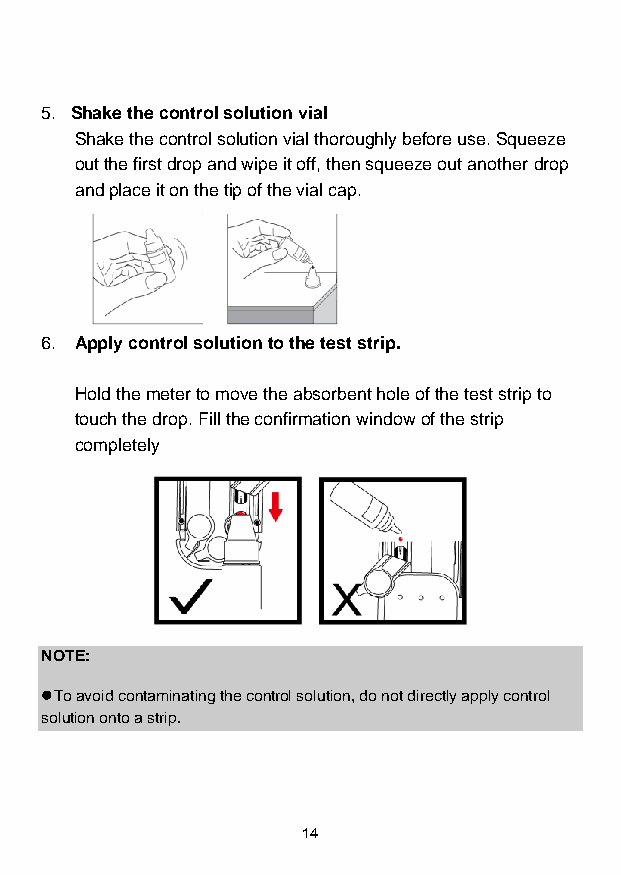
5. Shake the control solution vial
 Shake the control solution vial thoroughly before use. Squeeze
 out the first drop and wipe it off, then squeeze out another drop
 and place it on the tip of the vial cap.
 6. Apply control solution to the test strip.
 Hold the meter to move the absorbent hole of the test strip to
 touch the drop. Fill the confirmation window of the strip
 completely
 NOTE:
 ⚫ To avoid contaminating the control solution, do not directly apply control
 solution onto a strip.
 14